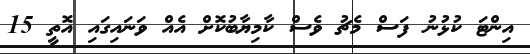
އިންޓަ ކުޅުނު ފަސް މެޗު ވެސް ކާމިޔާބުކޮށް އެއް ވަނައިގައި އޮތީ 15